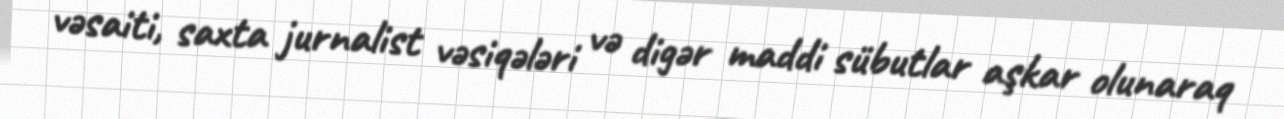
vəsaiti, saxta jurnalist vəsiqələri və digər maddi sübutlar aşkar olunaraq